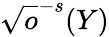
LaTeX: \sqrt{o}^{-s}(Y)